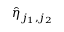
\hat { \eta } _ { j _ { 1 } , j _ { 2 } }